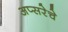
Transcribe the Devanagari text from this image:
अप्सरेचे